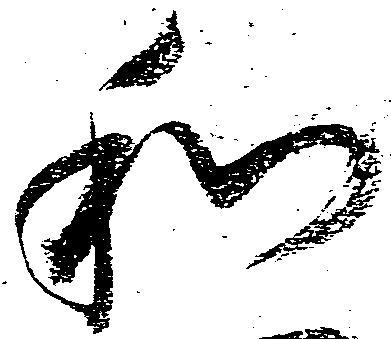
和